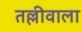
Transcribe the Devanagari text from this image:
तल्लीवाला